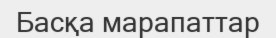
Басқа марапаттар